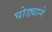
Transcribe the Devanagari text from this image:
घोड्याने